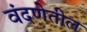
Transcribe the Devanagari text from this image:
वंदणेतील